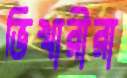
ভিখারীরা